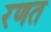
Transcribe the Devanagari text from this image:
रणत